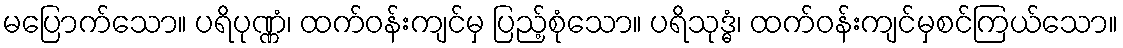
မပြောက်သော။ ပရိပုဏ္ဏံ၊ ထက်ဝန်းကျင်မှ ပြည့်စုံသော။ ပရိသုဒ္ဓံ၊ ထက်ဝန်းကျင်မှစင်ကြယ်သော။